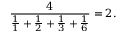
{ \frac { 4 } { { \frac { 1 } { 1 } } + { \frac { 1 } { 2 } } + { \frac { 1 } { 3 } } + { \frac { 1 } { 6 } } } } = 2 .